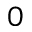
0